Report of veterinary surgeon J.H. Steel, A.V.D., on his investigation into an obscure and fatal disease among transport mules in British Burma
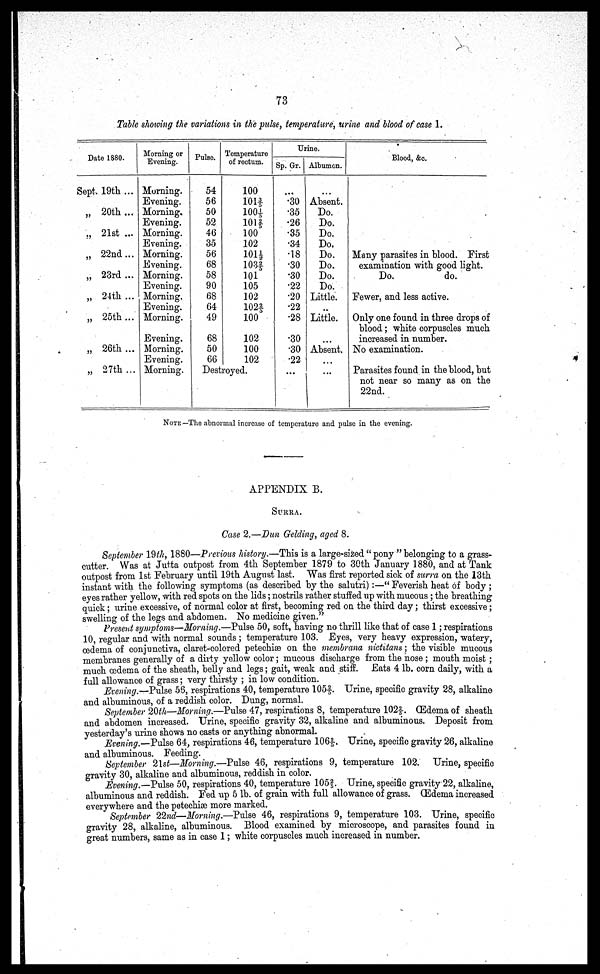
73
Table showing the variations in the pulse, temperature, urine and blood of case 1.
Date 1880.
Sept. 19th ...
„ 20th ...
„ 21st ...
„ 22nd...
„ 23rd...
„ 24th ...
„ 25th...
„ 26th ...
„ 27th...
Morning or
Evening.
Morning.
Evening.
Morning.
Evening.
Morning.
Evening.
Morning.
Evening.
Morning.
Evening.
Morning.
Evening.
Morning.
Evening.
Morning.
Evening.
Morning.
Pulse.
54
56
50
52
46
35
56
68
58
90
68
64
49
68
50
66
Temperature
of rectum.
100
1013/5
100 1/5
1012/5
100
102
101 1/2
103 2/5|
101
105
102
102 2/5
100
102
100
102
Destroyed.
Urine.
Sp. Gr.
...
.30
.35
.26
.35
.34
.18
.30
.30
.22
.20
.22
.28
.30
.30
.22
...
Albumen.
...
Absent.
Do.
Do.
Do.
Do.
Do.
Do.
Do.
Do.
Little.
..
Little.
...
Absent.
...
Blood, &c.
Many parasites in blood. First
examination with good light.
Do.
do.
Fewer, and less active.
Only one found in three drops of
blood; white corpuscles much
increased in number.
No examination.
Parasites found in the blood, but
not near so many as on the
22nd.
NOTE—The abnormal increase of temperature and pulse in the evening.
APPENDIX B.
SURRA.
Case 2.—Dun Gelding, aged 8.
September 19th, 1880—Previous history.—This is a large-sized "pony " belonging to a grass-
cutter. Was at Jutta outpost from 4th September 1879 to 30th January 1880, and at Tank
outpost from 1st February until 19th August last. Was first reported sick of surra on the 13th
instant with the following symptoms (as described by the salutri):-—" Feverish heat of body ;
eyes rather yellow, with red spots on the lids; nostrils rather stuffed up with mucous; the breathing
quick; urine excessive, of normal color at first, becoming red on the third day; thirst excessive;
swelling of the legs and abdomen. No medicine given."
Present symptoms—Morning.—Pulse 50, soft, having no thrill like that of case 1; respirations
10, regular and with normal sounds ; temperature 103. Eyes, very heavy expression, watery,
cedema of conjunctiva, claret-colored petechiae on the membrana nictitans; the visible mucous
membranes generally of a dirty yellow color; mucous discharge from the nose ; mouth moist ;
much oedema of the sheath, belly and legs; gait, weak and stiff. Eats 4 lb. corn daily, with a
full allowance of grass; very thirsty ; in low condition.
Evening.—Pulse 56, respirations 40, temperature 105 2/5. Urine, specific gravity 28, alkaline
and albuminous, of a reddish color. Dung, normal.
September 20th—Morning.—Pulse 47, respirations 8, temperature 102 2/5. (Edema of sheath
and abdomen increased. Urine, specific gravity 32, alkaline and albuminous. Deposit from
yesterday's urine shows no casts or anything abnormal.
Evening.-— Pulse 64, respirations 46, temperature 106 2/5. Urine, specific gravity 26, alkaline
and albuminous. Feeding.
September 2lst—Morning.—Pulse 46, respirations 9, temperature 102. Urine, specific
gravity 30, alkaline and albuminous, reddish in color,
Evening.—Pulse 50, respirations 40, temperature 105 2/5. Urine, specific gravity 22, alkaline,
albuminous and reddish. Fed up 5 lb. of grain with full allowance of grass. (Edema increased
everywhere and the petechiae more marked.
September 22nd— Morning.—Pulse 46, respirations 9, temperature 103. Urine, specific
gravity 28, alkaline, albuminous. Blood examined by microscope, and parasites found in
great numbers, same as in case 1; white corpuscles much increased in number.